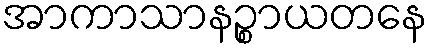
အာကာသာနဉ္စာယတနေ